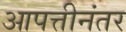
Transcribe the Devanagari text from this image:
आपत्तीनंतर